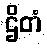
ဌိတံ